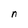
Character: n